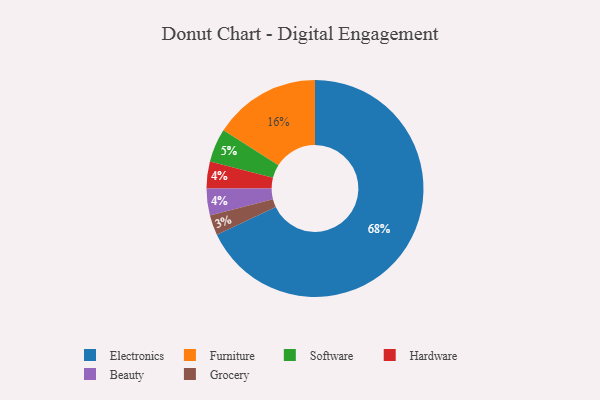
{"axis": {"x": "Category", "y": "Percentage"}, "legend": ["Beauty", "Electronics", "Furniture", "Grocery", "Hardware", "Software"], "data": [{"x": "Electronics", "y": 68, "type": "Electronics"}, {"x": "Hardware", "y": 4, "type": "Hardware"}, {"x": "Grocery", "y": 3, "type": "Grocery"}, {"x": "Beauty", "y": 4, "type": "Beauty"}, {"x": "Software", "y": 5, "type": "Software"}, {"x": "Furniture", "y": 16, "type": "Furniture"}]}